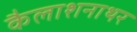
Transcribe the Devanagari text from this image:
कैलाशनाथर